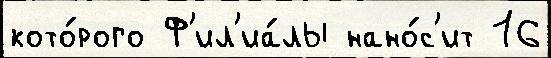
кото́рого Ф'ил'иа́лы нано́с'ит 16